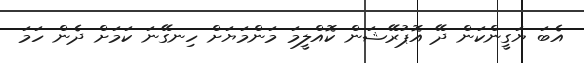
އެބަ ޔަގީންކަން ދޭ އޮޕުރޭޝަން ކޮއްލީމަ މަންމަޔަށް ހިނގޭނަ ކަމަށް ދެން ހަމަ